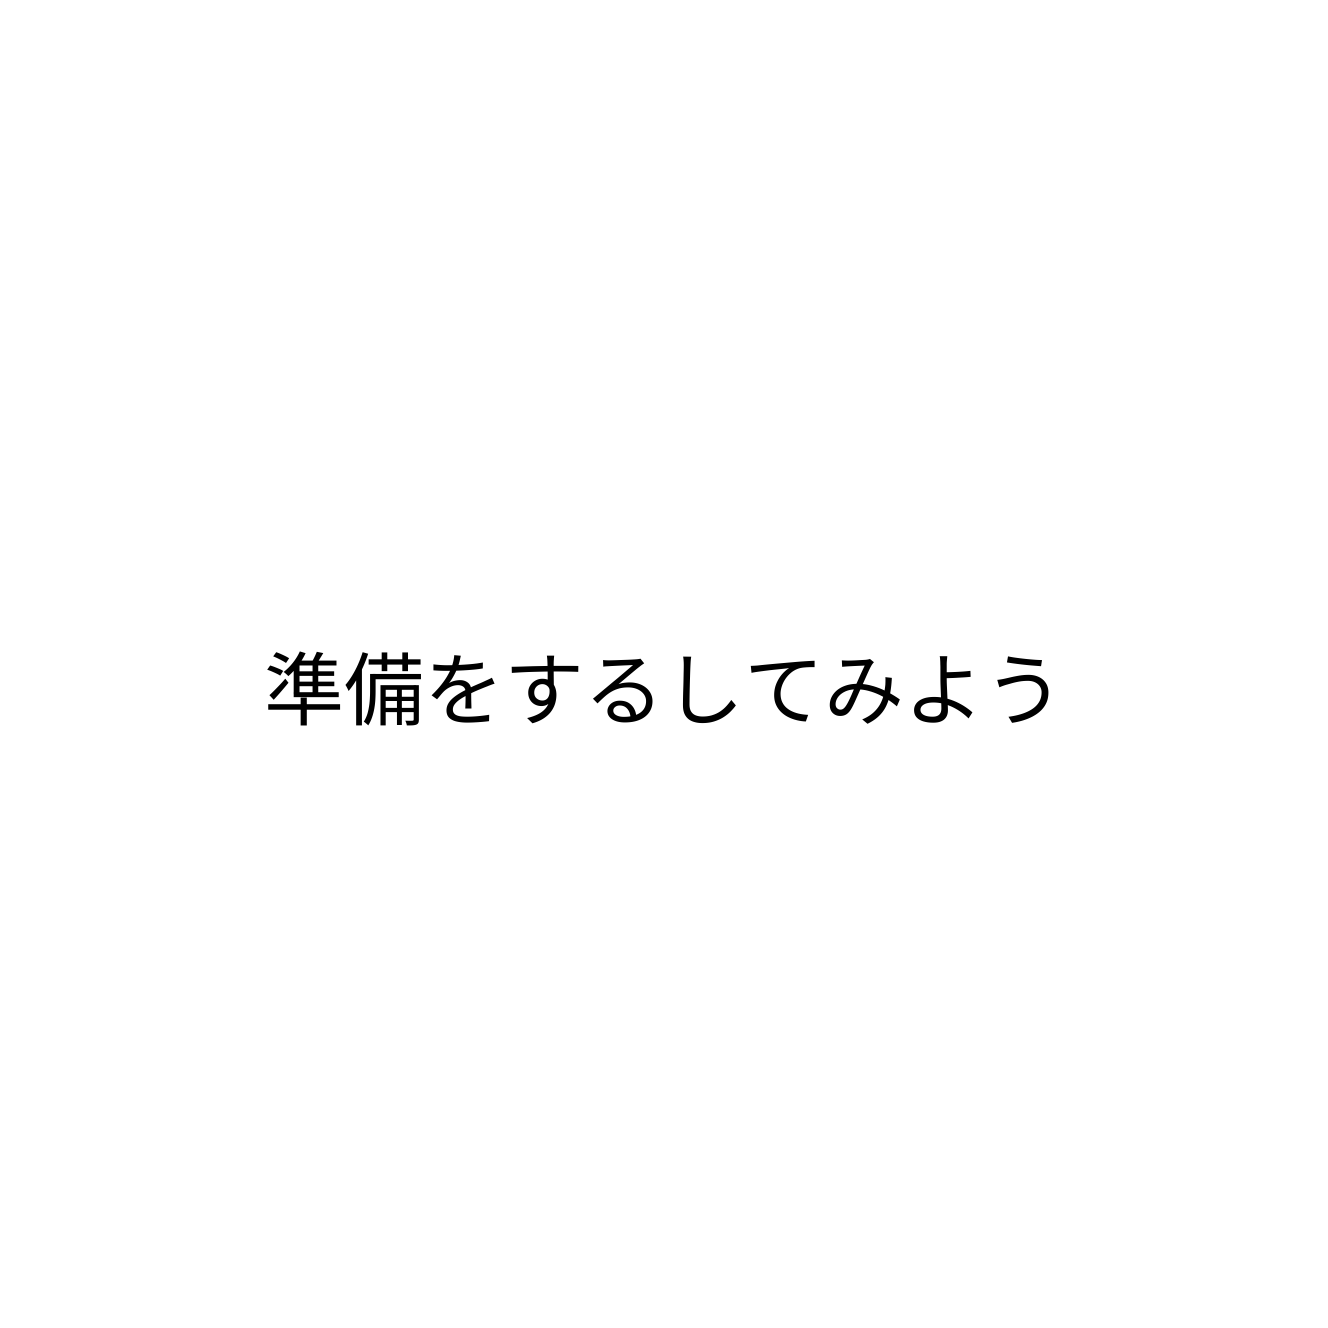
準備をするしてみよう